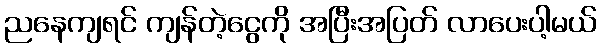
ညနေကျရင် ကျန်တဲ့ငွေကို အပြီးအပြတ် လာပေးပါ့မယ်